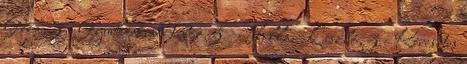
Géza,3 - Gyurkovics Tibor,3 - Hillai László,3 - Keresztes